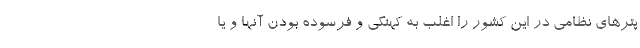
پتر‌های نظامی در این کشور را اغلب به کهنگی و فرسوده بودن آنها و یا